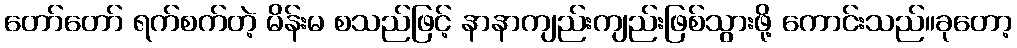
တော်တော် ရက်စက်တဲ့ မိန်းမ စသည်ဖြင့် နာနာကျည်းကျည်းဖြစ်သွားဖို့ ကောင်းသည်။ခုတော့